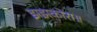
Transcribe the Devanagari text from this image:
झझकोरा॥